65_HS1-834228961_62-HQ-83894_Section_2
Agency: FBI
Page 194
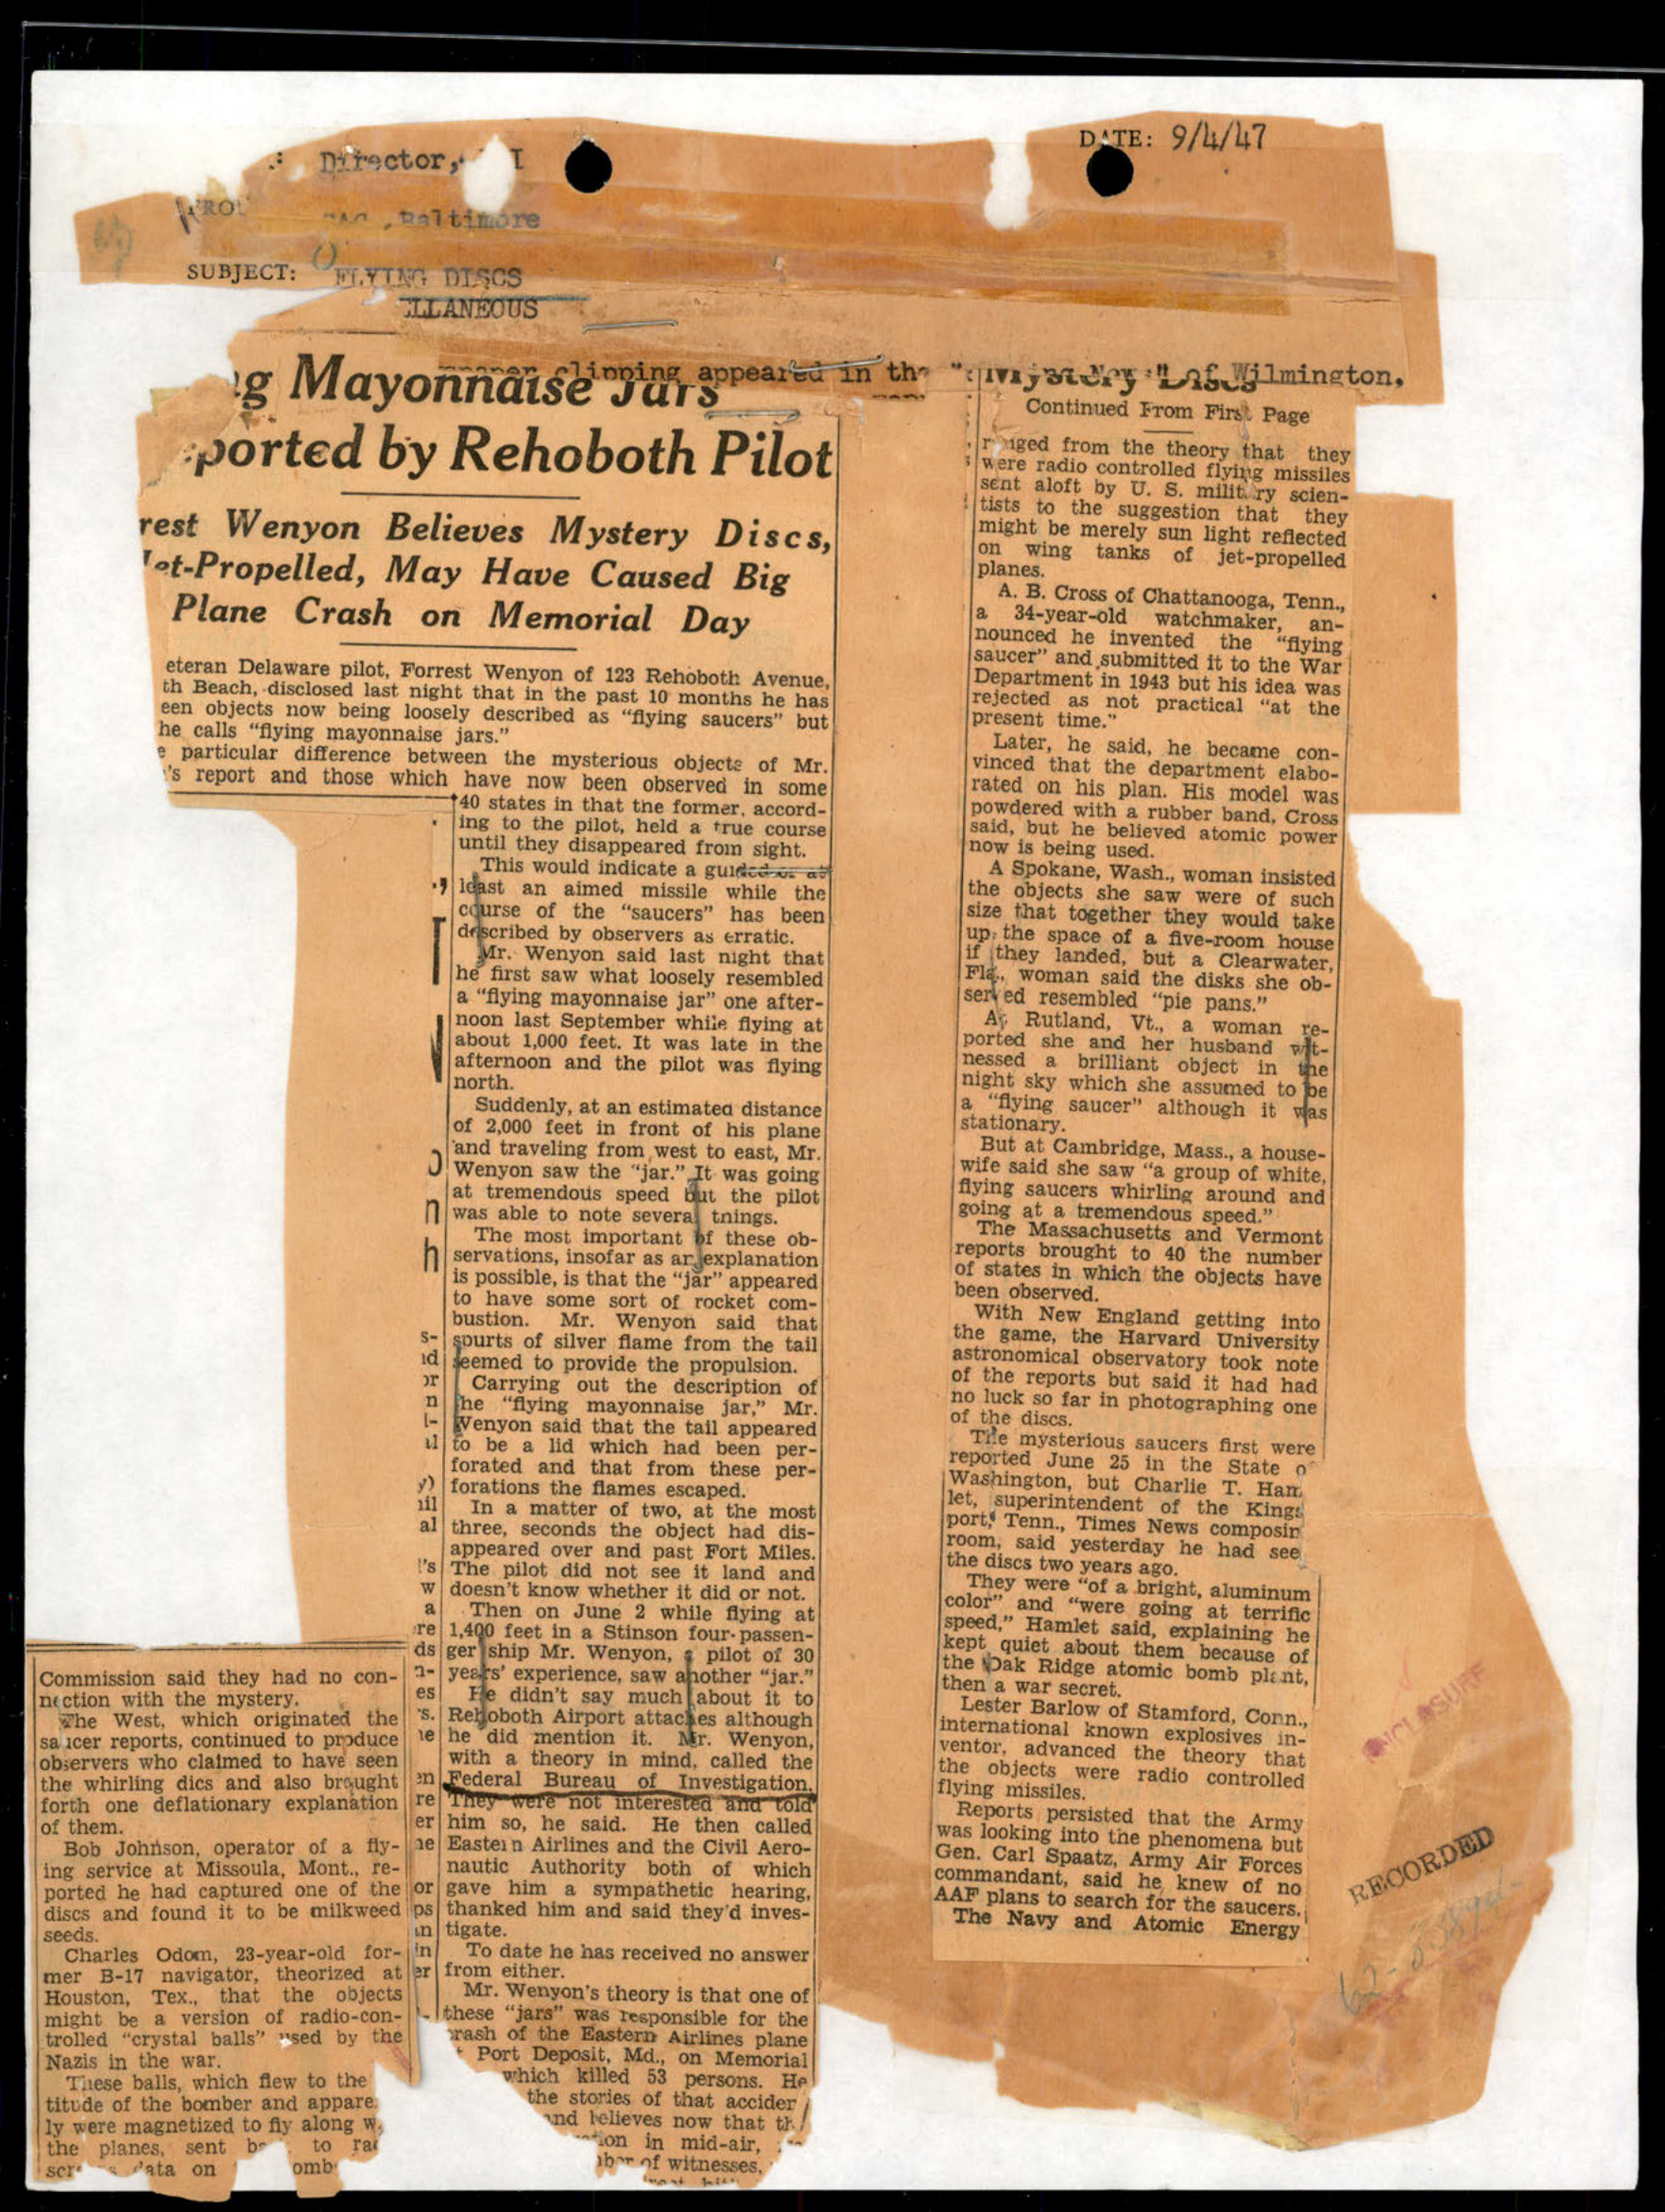